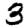
Digit: 3